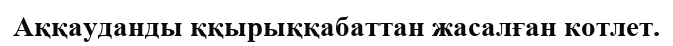
Аққауданды ққырыққабаттан жасалған котлет.